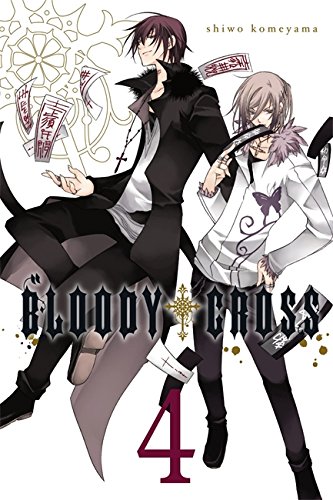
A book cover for Bloody Cross, Vol. 4; Arts & Photography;